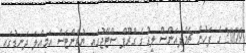
2009 ގެ ފަހުން ޗެމްޕިއަންސް ލީގުގެ ގްރޫޕް ސްޓޭޖުގައި ޔުވެންޓަސް އަމިއްލަ ދަނޑުގައި